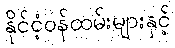
နိုင်ငံ့ဝန်ထမ်းများနှင့်